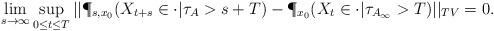
LaTeX: \begin{align*}\lim_{s \to \infty} \sup_{0 \leq t \leq T} ||\P_{s,x_0}(X_{t+s} \in \cdot | \tau_{A} >s + T) - \P_{x_0}(X_t \in \cdot | \tau_{A_\infty} > T)||_{TV} =0.\end{align*}